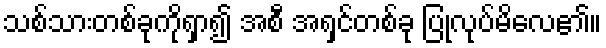
သစ်သားတစ်ခုကိုရှာ၍ အစီ အရှင်တစ်ခု ပြုလုပ်မိလေ၏။